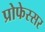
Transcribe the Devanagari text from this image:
प्रोफेस्सर